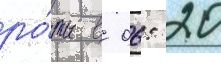
ро́ты в 06: 20